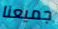
جميعنا